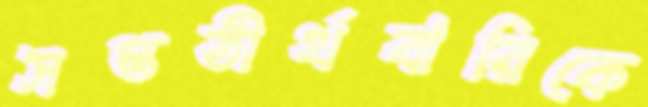
সপ্ততীর্থবারিকে